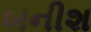
બનીશ